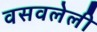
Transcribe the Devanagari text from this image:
वसवलेली